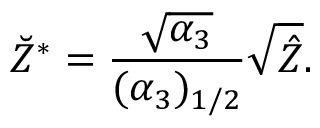
\breve { Z } ^ { \ast } = \frac { \sqrt { \alpha _ { 3 } } } { ( \alpha _ { 3 } ) _ { 1 / 2 } } \sqrt { \hat { Z } } .